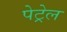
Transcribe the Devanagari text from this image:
पेट्रेल